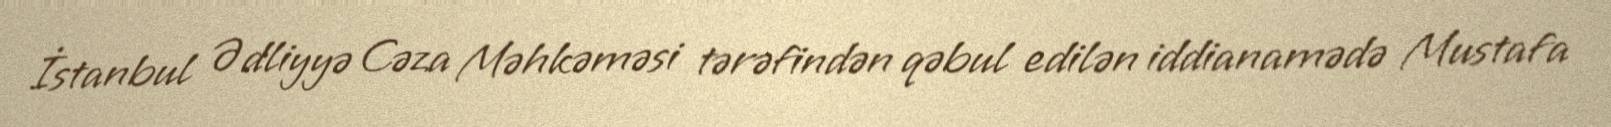
İstanbul Ədliyyə Cəza Məhkəməsi tərəfindən qəbul edilən iddianamədə Mustafa